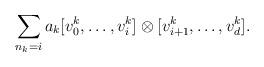
LaTeX: \begin{align*} \sum_{n_k=i}a_k[v_0^k,\ldots,v_i^k]\otimes[v_{i+1}^k,\ldots,v_d^k]. \end{align*}